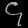
Digit: ၄